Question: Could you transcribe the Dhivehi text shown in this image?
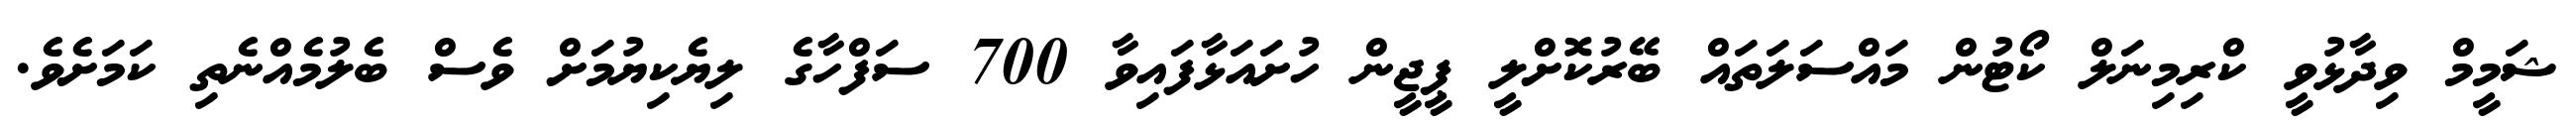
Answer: ޝަމީމް ވިދާޅުވީ ކްރިމިނަލް ކޯޓުން މައްސަލަތައް ބޭރުކޮށްލީ ޕީޖީން ހުށައަޅާފައިވާ 700 ސަފްހާގެ ލިޔެކިޔުމަށް ވެސް ބެލުމެއްނެތި ކަމަށެވެ.